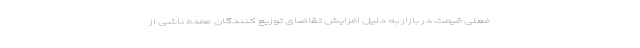
فعلی قیمت در بازار به دلیل افزایش تقاضای توزیع کنندگان عمده ناشی از